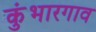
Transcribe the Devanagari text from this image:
कुंभारगाव